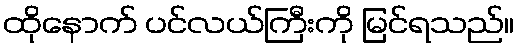
ထိုနောက် ပင်လယ်ကြီးကို မြင်ရသည်။